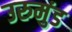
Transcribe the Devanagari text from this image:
उरुमुंड